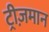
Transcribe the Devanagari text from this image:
ट्रीज़मान